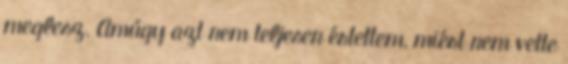
meglesz. Amúgy azt nem teljesen értettem, miért nem vette